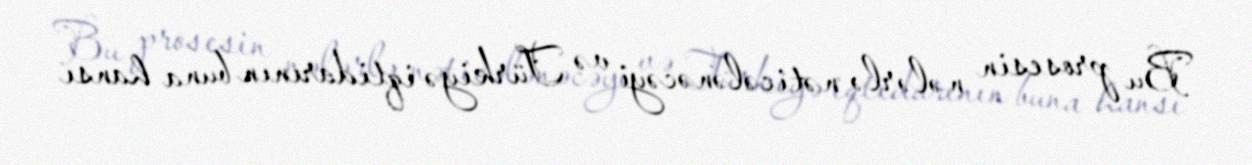
Bu prosesin nələrlə nəticələnəcəyi və Türkiyə iqtidarının buna hansı